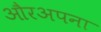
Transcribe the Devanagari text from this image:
औरअपना